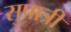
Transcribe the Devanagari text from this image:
सुपात्री